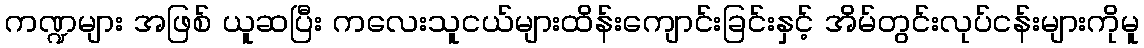
ကဏ္ဍများ အဖြစ် ယူဆပြီး ကလေးသူငယ်များထိန်းကျောင်းခြင်းနှင့် အိမ်တွင်းလုပ်ငန်းများကိုမူ